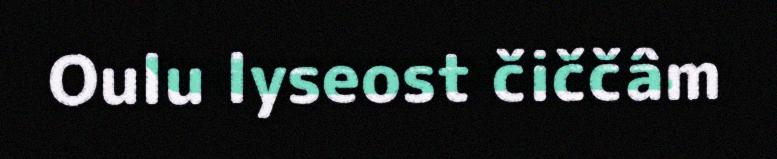
Oulu lyseost čiččâm